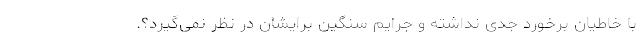
با خاطیان برخورد جدی نداشته و جرایم سنگین برایشان در نظر نمی‌گیرد؟.